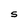
Character: S